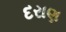
દરાણ